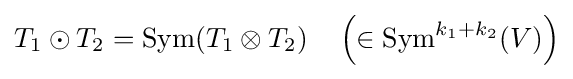
T_{1}\odot T_{2}=\operatorname {Sym} (T_{1}\otimes T_{2})\quad \left(\in \operatorname {Sym} ^{k_{1}+k_{2}}(V)\right)